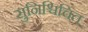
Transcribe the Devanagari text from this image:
सुनिश्चिचित